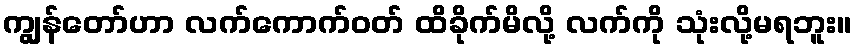
ကျွန်တော်ဟာ လက်ကောက်ဝတ် ထိခိုက်မိလို့ လက်ကို သုံးလို့မရဘူး။